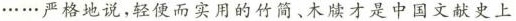
……严格地说,轻便而实用的竹简、木牍才是中国文献史上